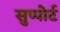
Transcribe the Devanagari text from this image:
सुप्पोर्ट